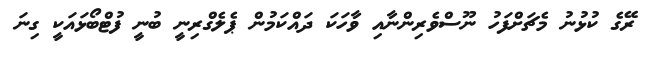
ރޭގެ ކުޅުނު މެޗަށްފަހު ނޫސްވެރިންނާއި ވާހަކަ ދައްކަމުން ޕެލެގްރިނީ ބުނީ ފުޓްބޯޅައަކީ ގިނަ